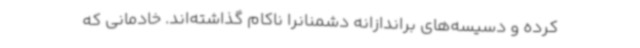
کرده‌ و دسیسه‌های براندازانه دشمنانرا ناکام گذاشته‌اند. خادمانی که